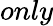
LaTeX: only